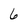
Character: 6